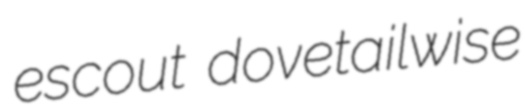
escout dovetailwise